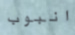
انبوب